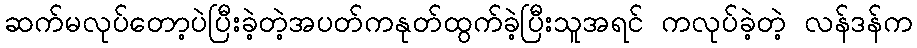
ဆက်မလုပ်တော့ပဲပြီးခဲ့တဲ့အပတ်ကနုတ်ထွက်ခဲ့ပြီးသူအရင် ကလုပ်ခဲ့တဲ့ လန်ဒန်က